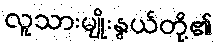
လူသားမျိုးနွယ်တို့၏